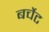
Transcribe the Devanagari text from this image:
बर्चेट